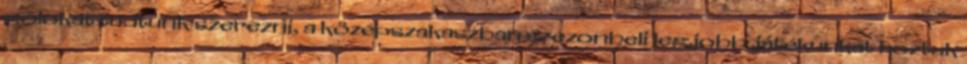
gólokat tudtunk szerezni, a középszakaszban szezonbeli legjobb játékunkat hoztuk